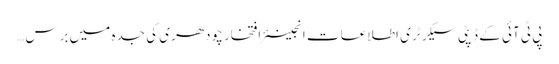
پی ٹی آئی کے ڈپٹی سیکرٹری اطلاعات انجینئر افتخار چودھری کی جدہ میں برس…